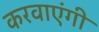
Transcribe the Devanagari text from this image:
करवाएंगी